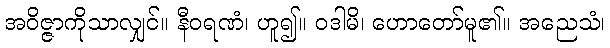
အဝိဇ္ဇာကိုသာလျှင်။ နီဝရဏံ၊ ဟူ၍။ ဝဒါမိ၊ ဟောတော်မူ၏။ အညေသံ၊